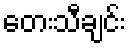
တေးသီချင်း